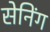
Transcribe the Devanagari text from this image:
सेनिंग